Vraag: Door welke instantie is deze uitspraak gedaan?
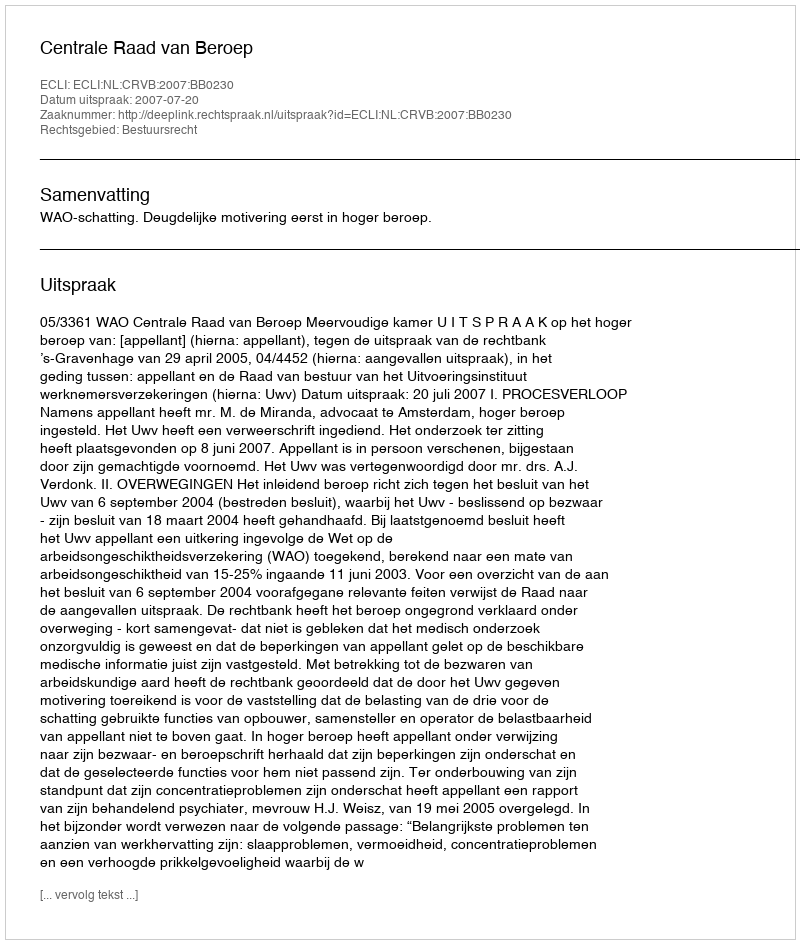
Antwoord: Centrale Raad van Beroep